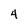
Character: 4